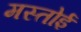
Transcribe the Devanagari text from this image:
मस्तोई